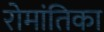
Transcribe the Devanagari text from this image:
रोमांतिका